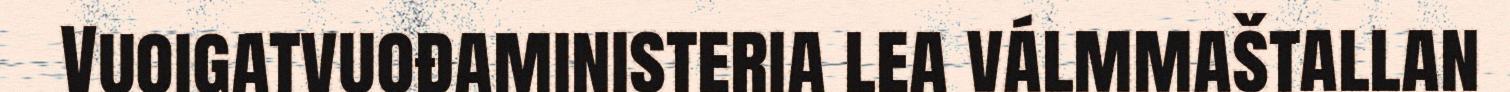
Vuoigatvuođaministeria lea válmmaštallan